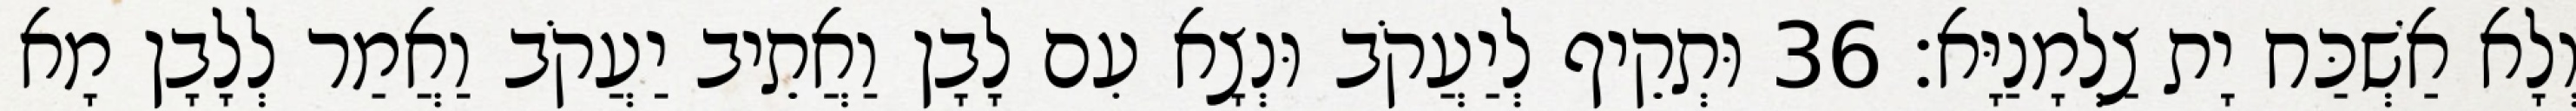
וְלָא אַשְׁכַּח יָת צַלְמָנַיָּא׃ 36 וּתְקֵיף לְיַעֲקֹב וּנְצָא עִם לָבָן וַאֲתֵיב יַעֲקֹב וַאֲמַר לְלָבָן מָא